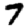
Digit: 7